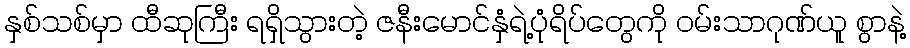
နှစ်သစ်မှာ ထီဆုကြီး ရရှိသွားတဲ့ ဇနီးမောင်နှံရဲ့ပုံရိပ်တွေကို ဝမ်းသာဂုဏ်ယူ စွာနဲ့